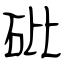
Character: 砒